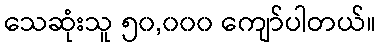
သေဆုံးသူ ၅၀,၀၀၀ ကျော်ပါတယ်။